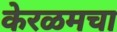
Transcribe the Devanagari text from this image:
केरळमचा